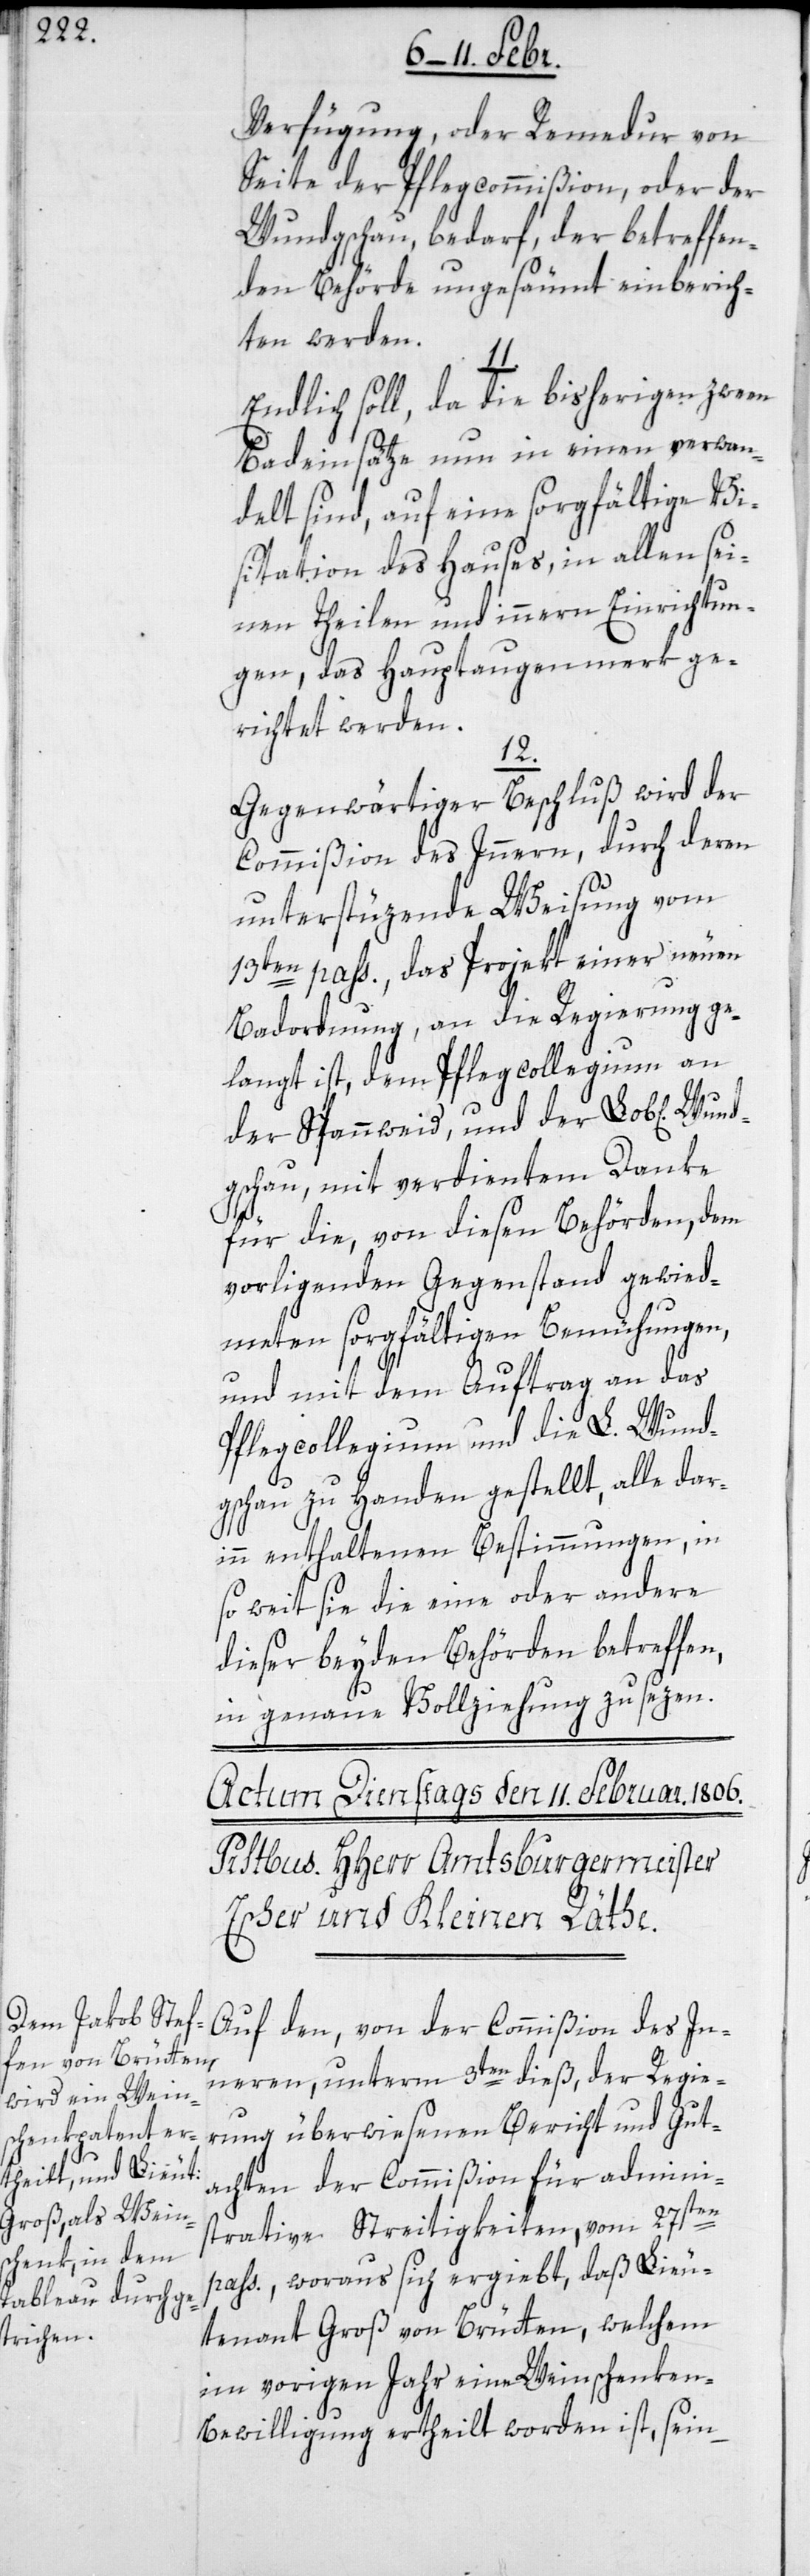
Verfügung, oder Remedur von
Seite der Pflegecommißion, oder der
Wundgschau bedarf, der betreffen¬
den Behörde ungesäumt einberich¬
ten werden.
Endlich soll, da die bisherigen zween
Badeinsätze nun in einen verwan¬
delt sind, auf eine sorgfältige Vi¬
sitation des Hauses, in allen sei¬
nen Theilen und Inneren Einrichtun¬
gen, das Hauptaugenmerk ge¬
richtet werden.
12.
Gegenwärtiger Beschluß wird der
Commißion des Inneren, durch deren
unterstüzende Weisung vom
13ten pass., das Projekt einer neuen
Badordnung, an die Regierung ge¬
langt ist, dem Pflegcollegium an
der Spannweid, und der Lob[lichen]
gschau, mit verdientem Danke
für die, von diesen Behörden, dem
vorliegenden Gegenstand gewied¬
meten sorgfältigen Bemühungen,
und mit dem Auftrag an das
Pflegcollegium und die L. Wund¬
gschau zu Handen gestellt, alle dar¬
inn enthaltenen Bestimmungen, in
so weit sie die eine oder andere
dieser beyden Behörden betreffen,
in genaue Vollziehung zu sezen.
Auf den, von der Commißion des In¬
neren, unterm 3ten dieß, der Regie¬
rung überwiesenen Bericht und Gut¬
achten der Commißion für admini¬
Wund¬
strative Streitigkeiten, vom 27sten
pass., woraus sich ergiebt, daß Lieu¬
tenant Groß von Brütten, welchem
im vorigen Jahr eine Weinschenke¬
n-Bewilligung ertheilt worden ist, sein